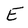
Character: E